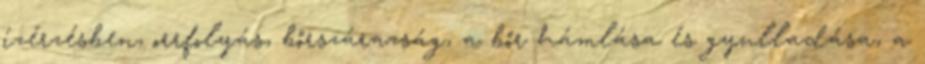
ízérzésben, orrfolyás, bőrszárazság, a bőr hámlása és gyulladása, a